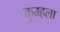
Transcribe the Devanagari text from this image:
कुम्हला